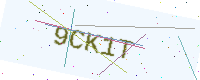
Text: 9CK1T